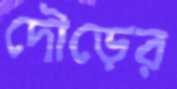
দৌড়ের